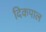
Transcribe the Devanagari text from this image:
दिकपाल